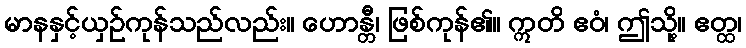
မာနနှင့်ယှဉ်ကုန်သည်လည်း။ ဟောန္တီ၊ ဖြစ်ကုန်၏။ ဣတိ ဧဝံ၊ ဤသို့။ ဧတ္ထ၊